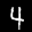
Label: 4